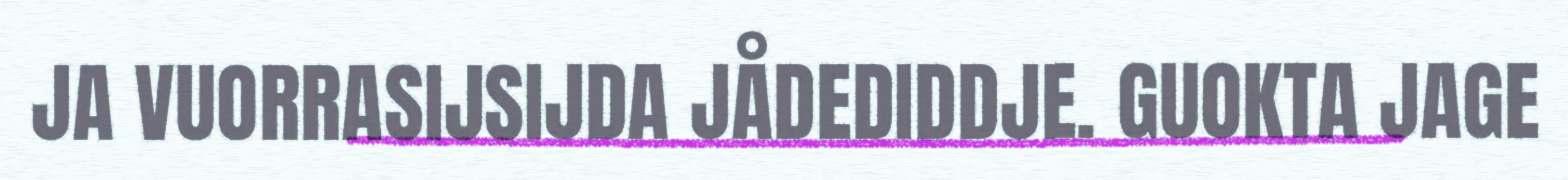
JA VUORRASIJSIJDA JÅDEDIDDJE. GUOKTA JAGE